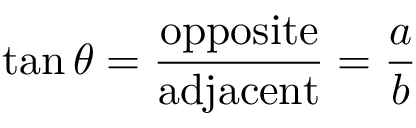
\tan \theta = { \frac { \mathrm { o p p o s i t e } } { \mathrm { a d j a c e n t } } } = { \frac { a } { b } }